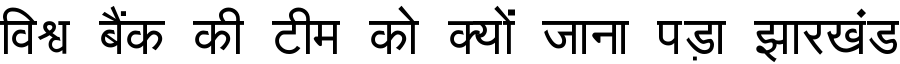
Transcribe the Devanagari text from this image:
विश्व बैंक की टीम को क्यों जाना पड़ा झारखंड